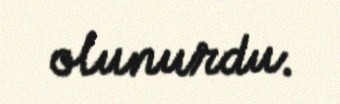
olunurdu.